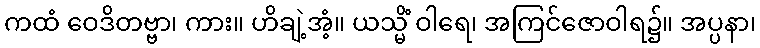
ကထံ ဝေဒိတဗ္ဗာ၊ ကား။ ဟိချဲ့အံ့။ ယသ္မိံ ဝါရေ၊ အကြင်ဇောဝါရ၌။ အပ္ပနာ၊